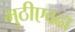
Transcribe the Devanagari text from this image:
मुठीएवढा